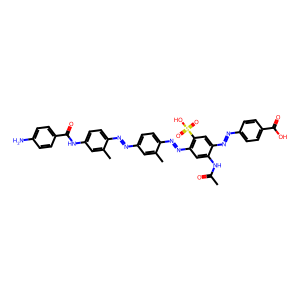
SMILES: CC(=O)Nc1cc(N=Nc2ccc(N=Nc3ccc(NC(=O)c4ccc(N)cc4)cc3C)cc2C)c(S(=O)(=O)O)cc1N=Nc1ccc(C(=O)O)cc1
Inhibits HIV replication: Yes